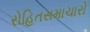
રોહિતસમાચારો